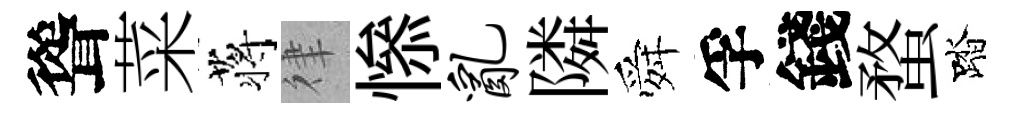
聳菜蒋律𢡖乱隣舜孚錢蝥踏